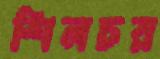
শিলচর